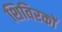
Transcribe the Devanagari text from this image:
शिविरकों